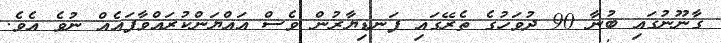
ގާނޫނުގައި ބުނާ 90 ދުވަހުގެ ތެރޭގައި ފަނޑިޔާރުން ވެސް އައްޔަންކުރައްވާފައެއް ނުވެ އެވެ.